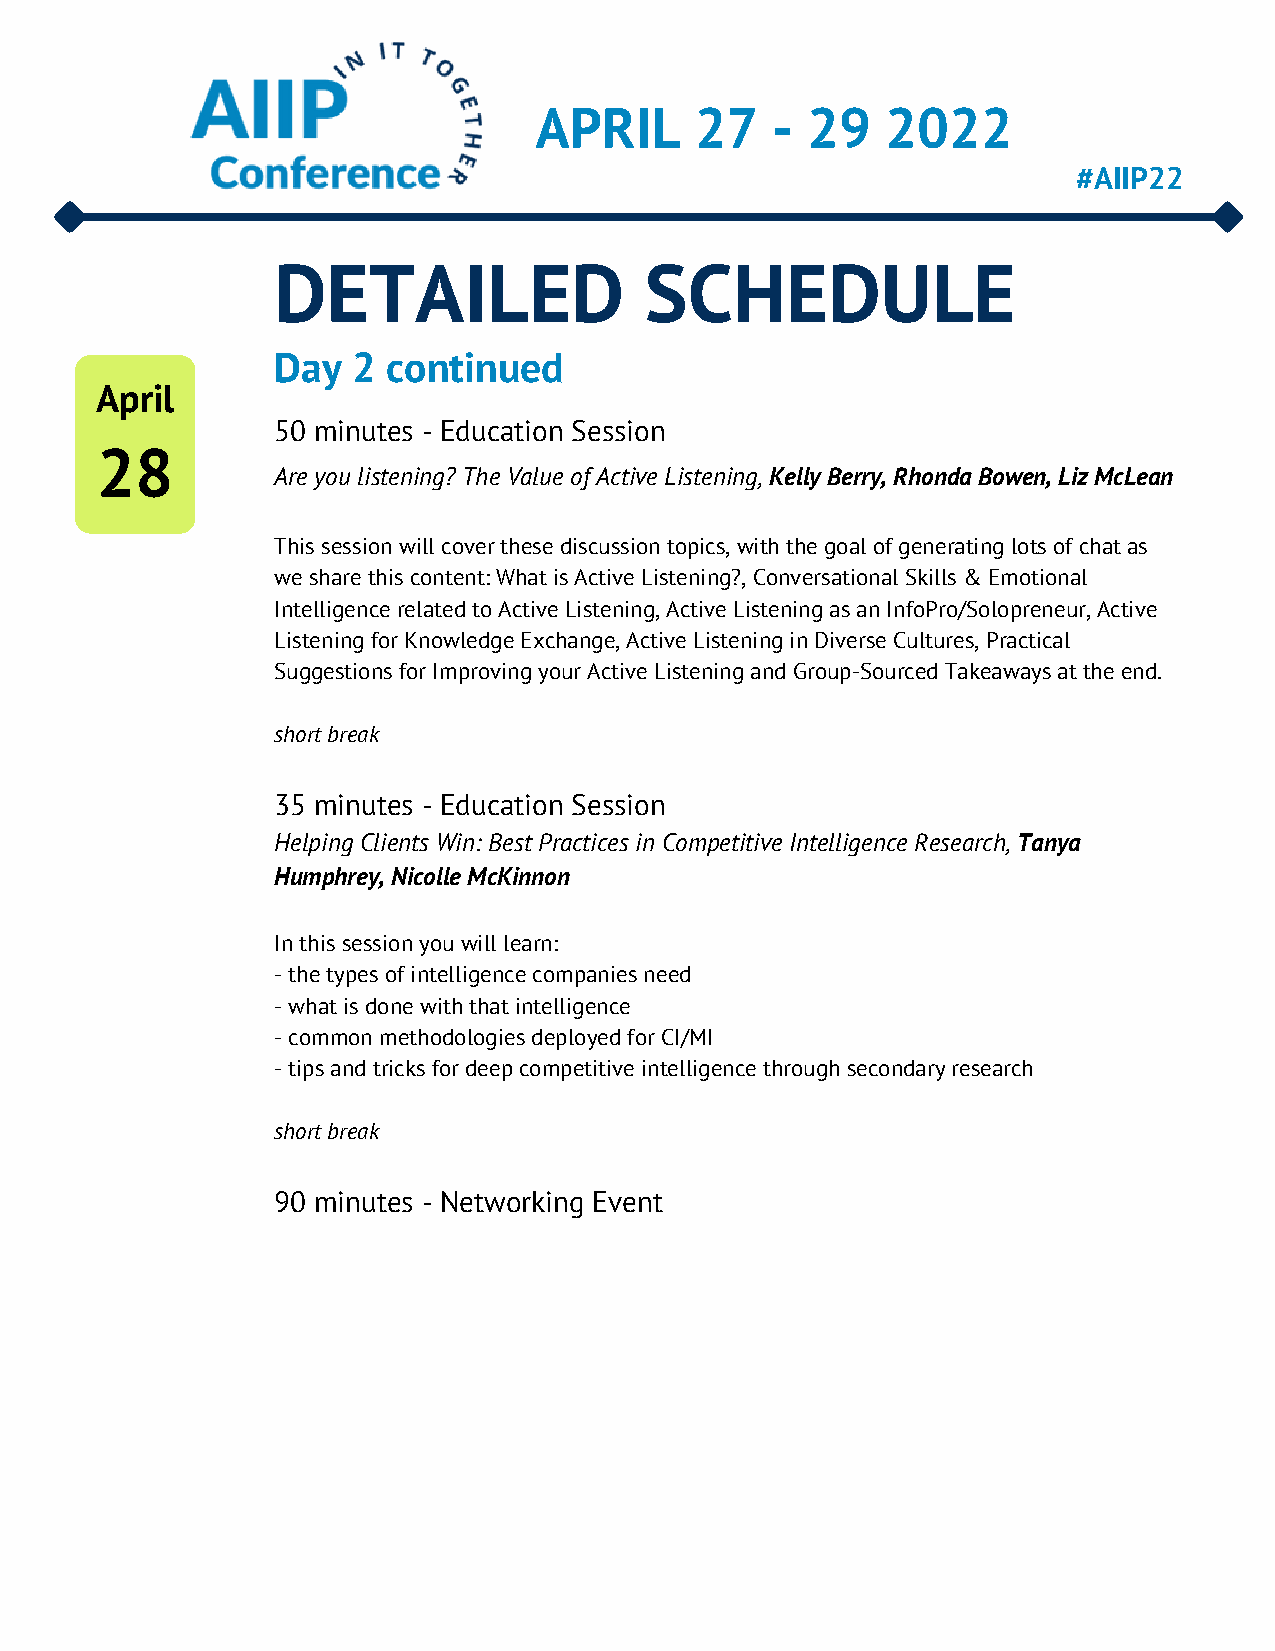
APRIL      27   - 29    2022
 #AIIP22
 DETAILED                 SCHEDULE
 Day  2  continued
 April
 50 minutes - Education Session
 28
 Are you listening? The Value of Active Listening, Kelly Berry, Rhonda Bowen, Liz McLean
 This session will cover these discussion topics, with the goal of generating lots of chat as
 we share this content: What is Active Listening?, Conversational Skills & Emotional
 Intelligence related to Active Listening, Active Listening as an InfoPro/Solopreneur, Active
 Listening for Knowledge Exchange, Active Listening in Diverse Cultures, Practical
 Suggestions for Improving your Active Listening and Group-Sourced Takeaways at the end.
 short break
 35 minutes - Education Session
 Helping Clients Win: Best Practices in Competitive Intelligence Research, Tanya
 Humphrey, Nicolle McKinnon
 In this session you will learn:
 - the types of intelligence companies need
 - what is done with that intelligence
 - common methodologies deployed for CI/MI
 - tips and tricks for deep competitive intelligence through secondary research
 short break
 90 minutes - Networking Event